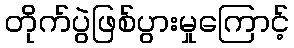
တိုက်ပွဲဖြစ်ပွားမှုကြောင့်